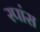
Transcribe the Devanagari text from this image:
स्पांस